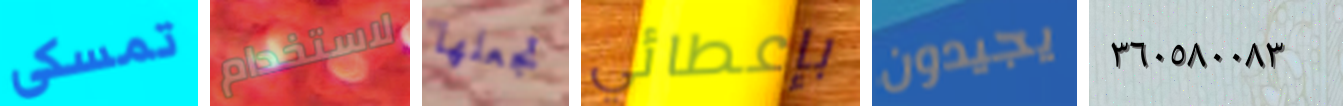
تمسكى لاستخدام تجعلها بإعطائي يجيدون ٣٦٠٥٨٠٠٨٣